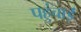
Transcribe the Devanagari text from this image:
पहुंचाईं